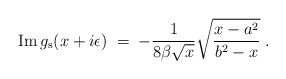
\begin{align*}{\rm Im}\,g_{\rm s}(x+i\epsilon)\;=\;- {1\over 8\beta\sqrt{x}}\sqrt{ {x-a^2\over b^2-x}}\;.\end{align*}